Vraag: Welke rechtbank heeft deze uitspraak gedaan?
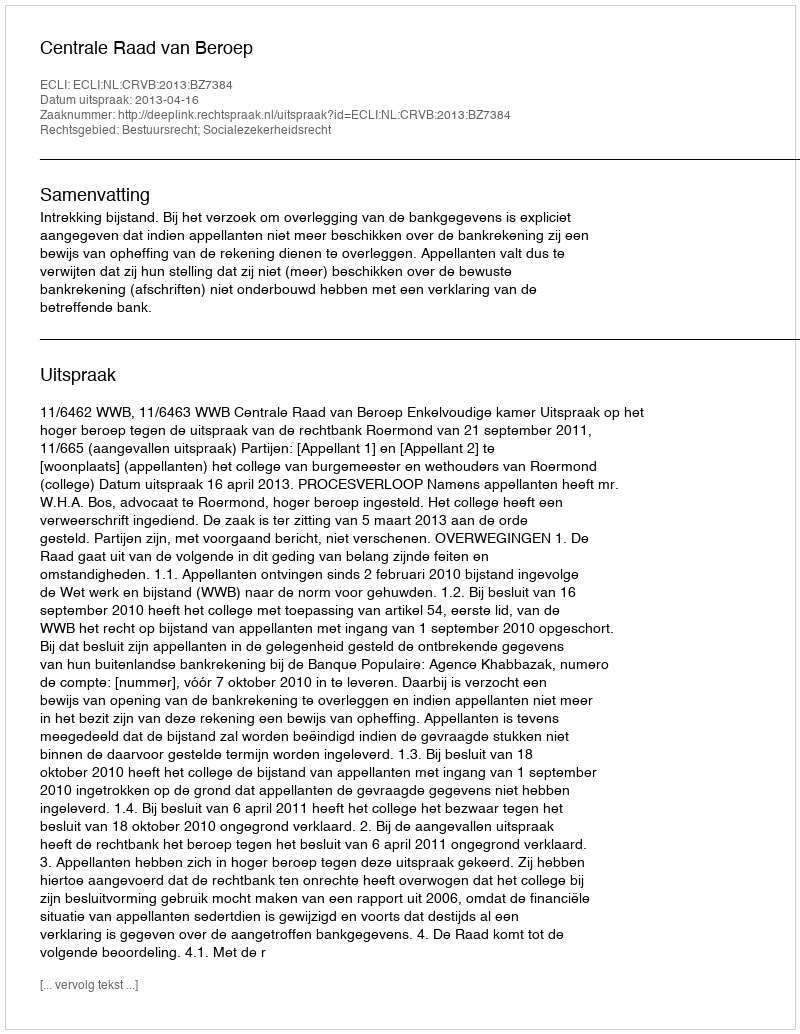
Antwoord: Centrale Raad van Beroep